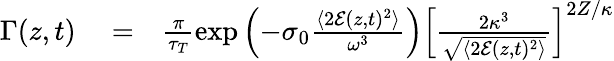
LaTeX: \begin{array}{rlr}{\Gamma(z,t)}&{{}=}&{\frac{\pi}{\tau_{T}}\exp\left(-\sigma_{0}\frac{\langle 2\mathcal E(z,t)^{2}\rangle}{\omega^{3}}\right)\left[\frac{2\kappa^{3}}{\sqrt{\langle 2\mathcal E(z,t)^{2}\rangle}}\right]^{2Z/\kappa}}\end{array}